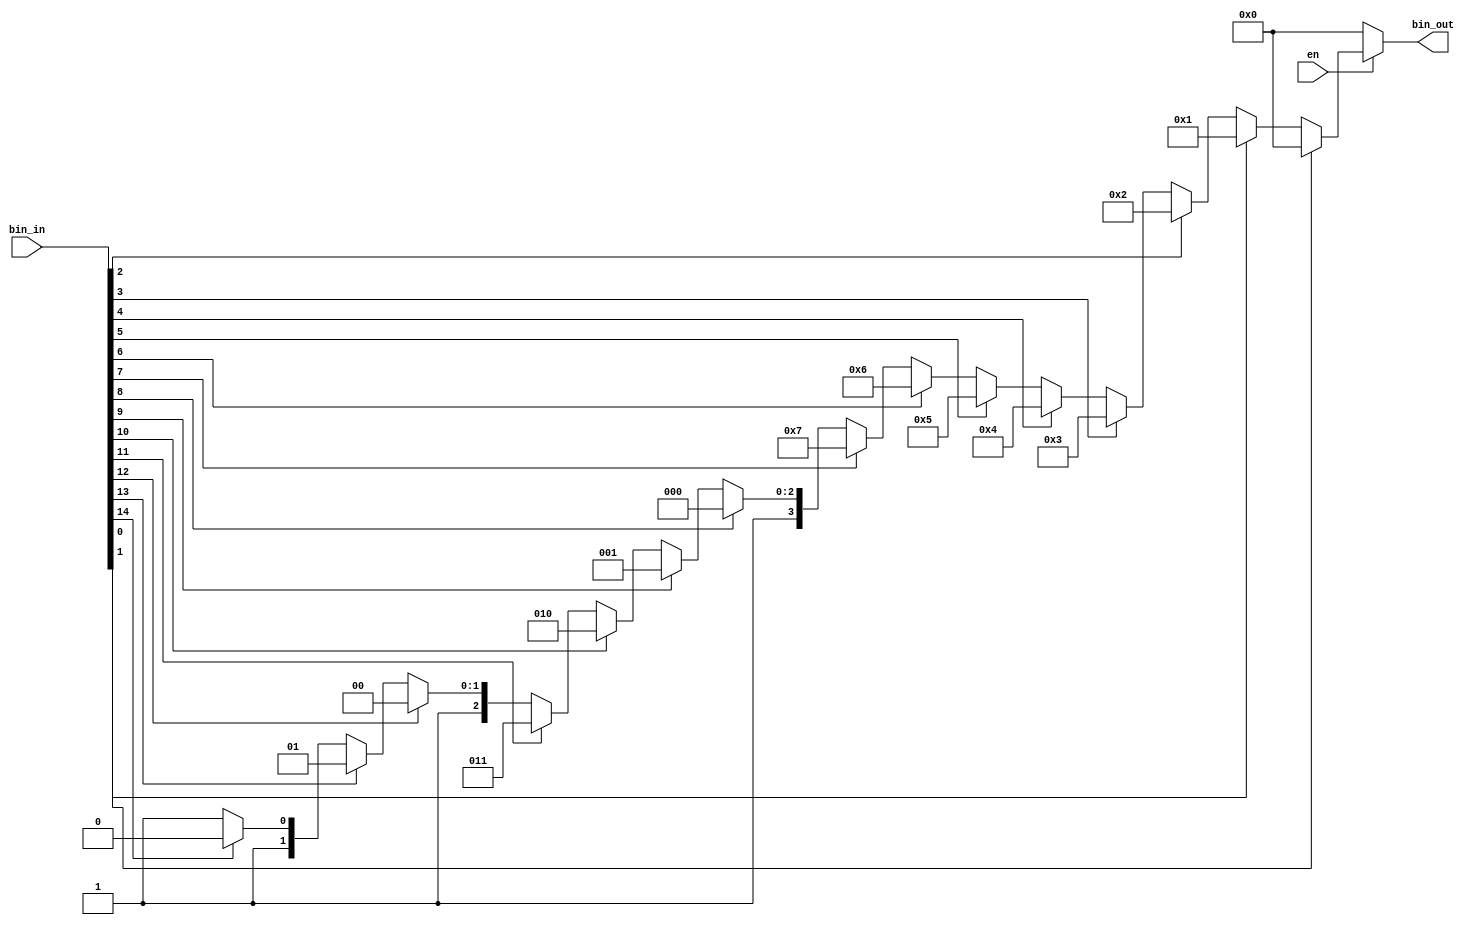
module encoder_assign
(input wire [15:0] bin_in,
input wire en, 
output reg [3:0] bin_out);

assign bin_out = (!en) ? 0 : 
(
(bin_in[0]) ? 0 :
(bin_in[1]) ? 1 :
(bin_in[2]) ? 2 :
(bin_in[3]) ? 3 :
(bin_in[4]) ? 4 :
(bin_in[5]) ? 5 :
(bin_in[6]) ? 6 :
(bin_in[7]) ? 7 :
(bin_in[8]) ? 8 :
(bin_in[9]) ? 9 :
(bin_in[10]) ? 10 :
(bin_in[11]) ? 11 :
(bin_in[12]) ? 12 :
(bin_in[13]) ? 13 :
(bin_in[14]) ? 14 : 15
);
endmodule